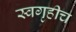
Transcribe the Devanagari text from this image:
स्वगृहीच